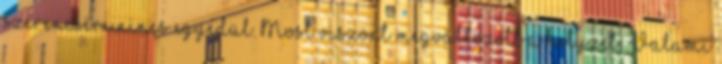
szerencsére nincs egyedül. Most viszont megváltozott a helyzet. Valami